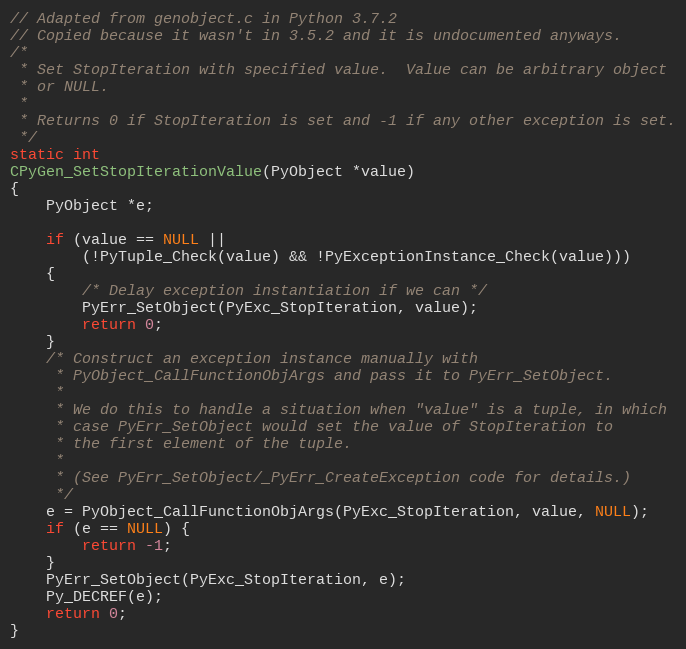
Language: C
// Adapted from genobject.c in Python 3.7.2
// Copied because it wasn't in 3.5.2 and it is undocumented anyways.
/*
 * Set StopIteration with specified value.  Value can be arbitrary object
 * or NULL.
 *
 * Returns 0 if StopIteration is set and -1 if any other exception is set.
 */
static int
CPyGen_SetStopIterationValue(PyObject *value)
{
    PyObject *e;

    if (value == NULL ||
        (!PyTuple_Check(value) && !PyExceptionInstance_Check(value)))
    {
        /* Delay exception instantiation if we can */
        PyErr_SetObject(PyExc_StopIteration, value);
        return 0;
    }
    /* Construct an exception instance manually with
     * PyObject_CallFunctionObjArgs and pass it to PyErr_SetObject.
     *
     * We do this to handle a situation when "value" is a tuple, in which
     * case PyErr_SetObject would set the value of StopIteration to
     * the first element of the tuple.
     *
     * (See PyErr_SetObject/_PyErr_CreateException code for details.)
     */
    e = PyObject_CallFunctionObjArgs(PyExc_StopIteration, value, NULL);
    if (e == NULL) {
        return -1;
    }
    PyErr_SetObject(PyExc_StopIteration, e);
    Py_DECREF(e);
    return 0;
}